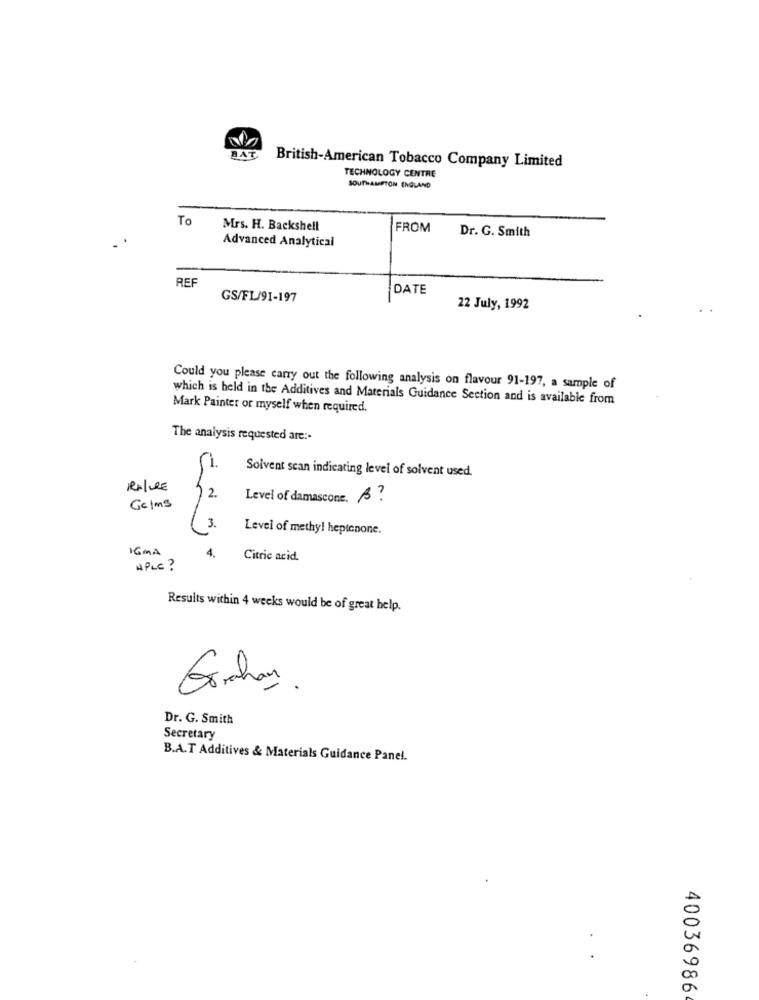
BAT
British-American Tobacco Company Limited
TECHNOLOGY CENTRE
SOUTHAMPTON ENGLAND
To
Mrs. H. Backshell
FROM
Dr. G. Smith
Advanced Analytical
REF
DATE
GS/FL/91-197
22 July, 1992
Could you please carry out the following analysis on flavour 91-197, a sample of
which is held in the Additives and Materials Guidance Section and is available from
Mark Painter or myself when required.
The analysis requested are :-
1.
Solvent scan indicating level of solvent used.
RATURE
2.
Level of damascone. A?
Gelms
3.
Level of methy! heptenone.
IGMA
4.
Citric acid.
HPLC ?
Results within 4 weeks would be of great help.
Dr. G. Smith
Secretary
B.A.T Additives & Materials Guidance Panel.
0
0
400369864